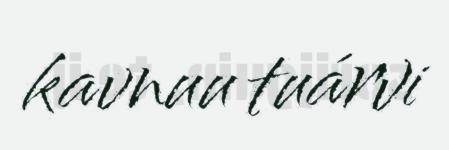
kavnuu tuárvi